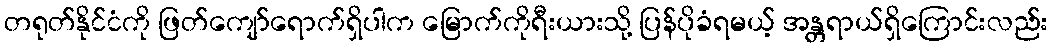
တရုတ်နိုင်ငံကို ဖြတ်ကျော်ရောက်ရှိပါက မြောက်ကိုရီးယားသို့ ပြန်ပိုခံရမယ့် အန္တရာယ်ရှိကြောင်းလည်း